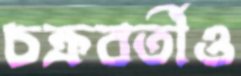
চক্রবর্তীও